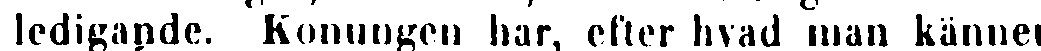
ledigande. Konungen har, efter hvad man känner,